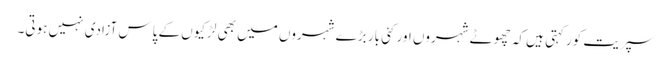
سپریت کور کہتی ہیں کہ چھوٹے شہروں اور کئی بار بڑے شہروں میں بھی لڑکیوں کے پاس آزادی نہیں ہوتی۔